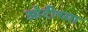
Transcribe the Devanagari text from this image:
ओटीच्या